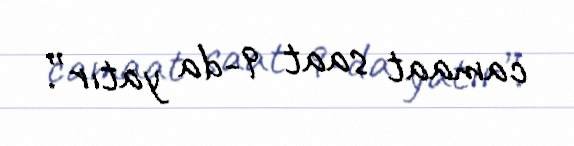
camaat saat 9-da yatır”.